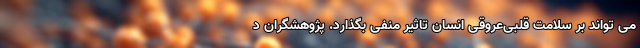
می تواند بر سلامت قلبی‌عروقی انسان تاثیر منفی بگذارد. پژوهشگران د